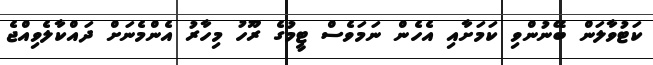
ކަޓުވާލަން ބޭނުންވި ކަމަށާއި އެހެން ނަމަވެސް ޓީމުގެ ރޫހު މިހާރު އެންމެނަށް ދައްކާލެވިއްޖެ